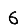
Digit: 6